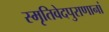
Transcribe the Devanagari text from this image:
स्मृतिवेदपुराणानां